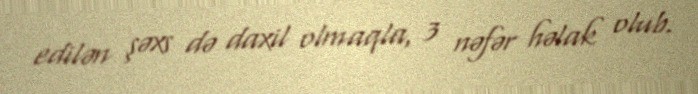
edilən şəxs də daxil olmaqla, 3 nəfər həlak olub.